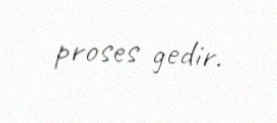
proses gedir.